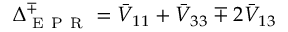
\Delta _ { \mathrm { ~ E ~ P ~ R ~ } } ^ { \mp } = \bar { V } _ { 1 1 } + \bar { V } _ { 3 3 } \mp 2 \bar { V } _ { 1 3 }